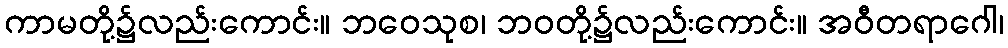
ကာမတို့၌လည်းကောင်း။ ဘဝေသုစ၊ ဘဝတို့၌လည်းကောင်း။ အဝီတရာဂေါ၊